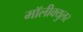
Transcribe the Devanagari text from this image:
मॉलीक्युलर